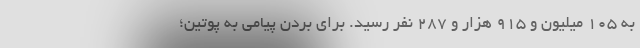
به 105 میلیون و 915 هزار و 287 نفر رسید. برای بردن پیامی به پوتین؛